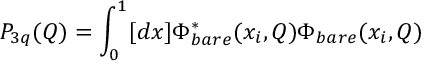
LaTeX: P _ { 3 q } ( Q ) = \int _ { 0 } ^ { 1 } [ d x ] \Phi _ { b a r e } ^ { * } ( x _ { i } , Q ) \Phi _ { b a r e } ( x _ { i } , Q )